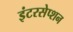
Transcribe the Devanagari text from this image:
इंटरसेप्शन